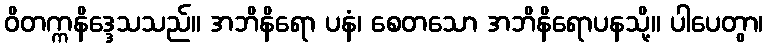
ဝိတက္ကနိဒ္ဒေသသည်။ အဘိနိရော ပနံ၊ စေတသော အဘိနိရောပနသို့။ ပါပေတွာ၊